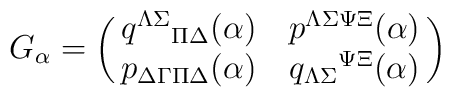
G_\alpha  =\left( \matrix{    q^{\Lambda\Sigma}{}_{\Pi\Delta}(\alpha )  &                    p^{\Lambda\Sigma\Psi\Xi} (\alpha ) \cr                   p_{\Delta\Gamma\Pi\Delta}(\alpha )  &                   q_{\Lambda\Sigma}{}^{\Psi\Xi}(\alpha )  } \right)